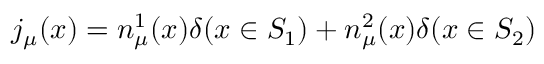
j _ { \mu } ( x ) = n _ { \mu } ^ { 1 } ( x ) \delta ( x \in S _ { 1 } ) + n _ { \mu } ^ { 2 } ( x ) \delta ( x \in S _ { 2 } )